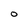
Character: O